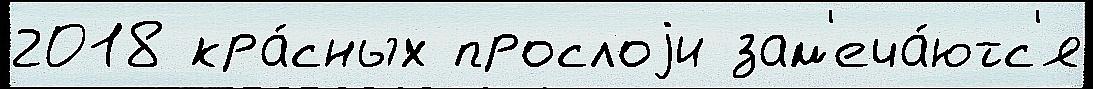
2018 кра́сных прослоjи зам'еча́ютс'я